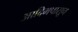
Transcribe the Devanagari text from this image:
आदिमपासून